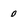
Character: o